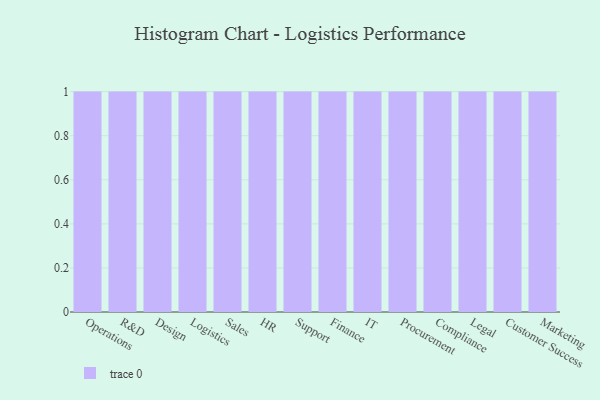
{"axis": {"x": "Department", "y": "Waste Production (Tons)"}, "legend": [""], "data": [{"x": "Operations", "y": 52, "type": ""}, {"x": "R&D", "y": 46, "type": ""}, {"x": "Design", "y": 88, "type": ""}, {"x": "Logistics", "y": 40, "type": ""}, {"x": "Sales", "y": 100, "type": ""}, {"x": "HR", "y": 71, "type": ""}, {"x": "Support", "y": 54, "type": ""}, {"x": "Finance", "y": 97, "type": ""}, {"x": "IT", "y": 53, "type": ""}, {"x": "Procurement", "y": 13, "type": ""}, {"x": "Compliance", "y": 86, "type": ""}, {"x": "Legal", "y": 22, "type": ""}, {"x": "Customer Success", "y": 23, "type": ""}, {"x": "Marketing", "y": 7, "type": ""}]}